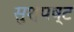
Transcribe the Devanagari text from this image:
सुश्पष्ट